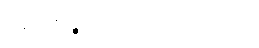
ဧတေပဉ္စ၊ ဤငါးပါးတို့သည်။